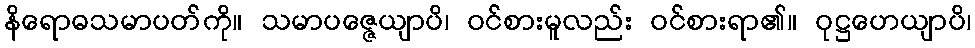
နိရောဓသမာပတ်ကို။ သမာပဇ္ဇေယျာပိ၊ ဝင်စားမူလည်း ဝင်စားရာ၏။ ဝုဋ္ဌဟေယျာပိ၊